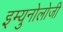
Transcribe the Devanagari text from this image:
इम्युनोलोजी